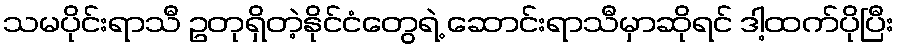
သမပိုင်းရာသီ ဥတုရှိတဲ့နိုင်ငံတွေရဲ့ ဆောင်းရာသီမှာဆိုရင် ဒါ့ထက်ပိုပြီး